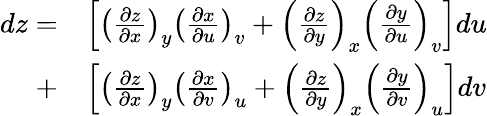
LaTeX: {\begin{array}{rl}{dz=}&{\left[\left({\frac{\partial z}{\partial x}}\right)_{y}\left({\frac{\partial x}{\partial u}}\right)_{v}+\left({\frac{\partial z}{\partial y}}\right)_{x}\left({\frac{\partial y}{\partial u}}\right)_{v}\right]du}\\ {+}&{\left[\left({\frac{\partial z}{\partial x}}\right)_{y}\left({\frac{\partial x}{\partial v}}\right)_{u}+\left({\frac{\partial z}{\partial y}}\right)_{x}\left({\frac{\partial y}{\partial v}}\right)_{u}\right]dv}\end{array}}